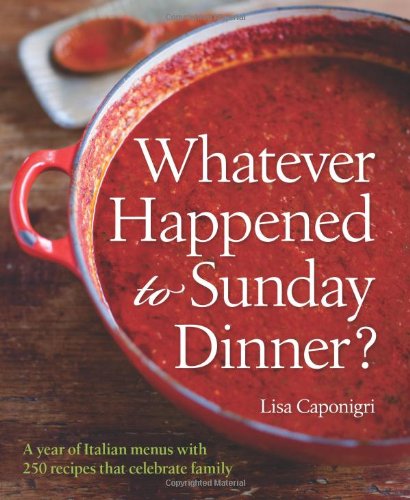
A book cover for Whatever Happened to Sunday Dinner?: A Year of Italian Menus with 250 Recipes That Celebrate Family; Lisa Caponigri; Cookbooks, Food & Wine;